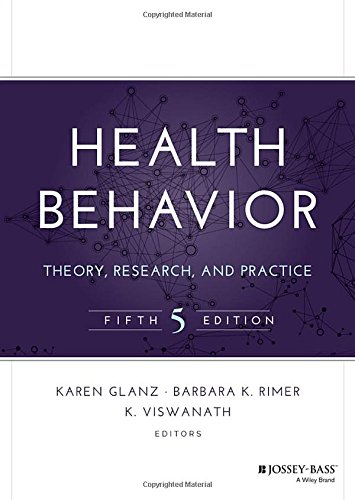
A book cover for Health Behavior: Theory, Research, and Practice (Jossey-Bass Public Health); Medical Books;